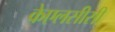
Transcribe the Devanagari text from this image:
केएलसीसी